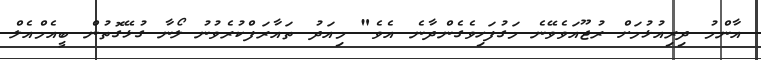
އާންމު ދިރިއުޅުމަށް ރުޖޫއަވެވޭނެ މަގުފަހިވެގެންދާނެ އެވެ" މިއަދު ތައާރަފްކުރެވުނު ލޯނާ ގުޅޭގޮތުން ބީއެމްއެލް